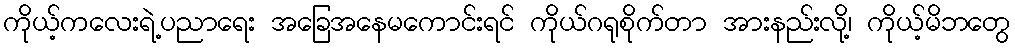
ကိုယ့်ကလေးရဲ့ပညာရေး အခြေအနေမကောင်းရင် ကိုယ်ဂရုစိုက်တာ အားနည်းလို့၊ ကိုယ့်မိဘတွေ